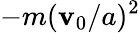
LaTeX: -m(\mathbf{v}_{0}/a)^{2}